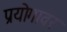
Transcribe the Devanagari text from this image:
प्रयोगावर